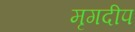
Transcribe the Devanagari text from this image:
मृगदीप